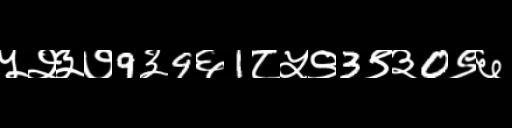
Text: ५२३७9३9६1८५९3९३0९६